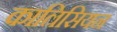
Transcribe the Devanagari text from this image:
काल्रिसियन